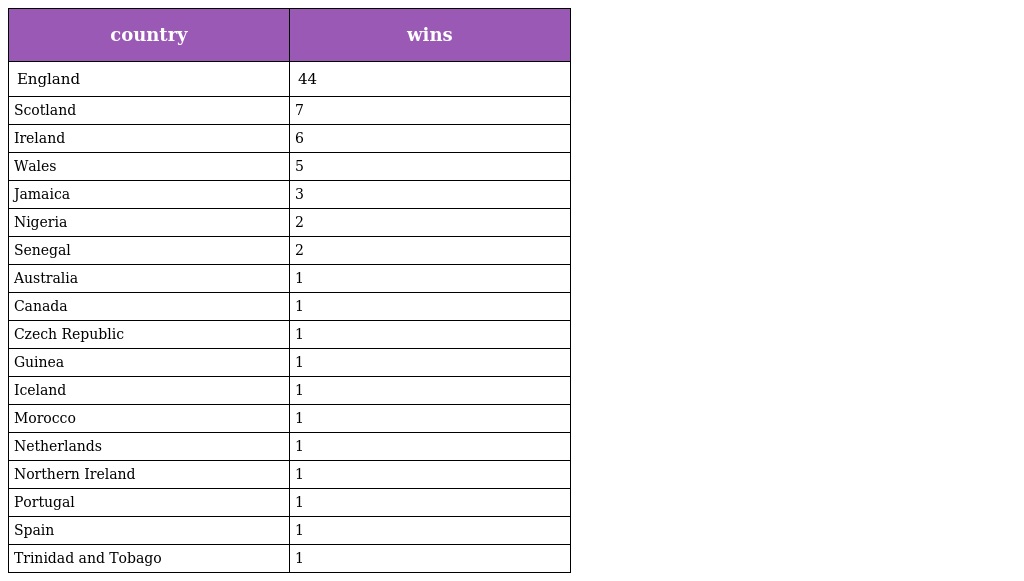
| country | wins |
 | --- | --- |
 | England | 44 |
 | Scotland | 7 |
 | Ireland | 6 |
 | Wales | 5 |
 | Jamaica | 3 |
 | Nigeria | 2 |
 | Senegal | 2 |
 | Australia | 1 |
 | Canada | 1 |
 | Czech Republic | 1 |
 | Guinea | 1 |
 | Iceland | 1 |
 | Morocco | 1 |
 | Netherlands | 1 |
 | Northern Ireland | 1 |
 | Portugal | 1 |
 | Spain | 1 |
 | Trinidad and Tobago | 1 |